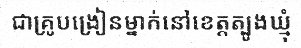
ជាគ្រូបង្រៀនម្នាក់នៅខេត្តត្បូងឃ្មុំ